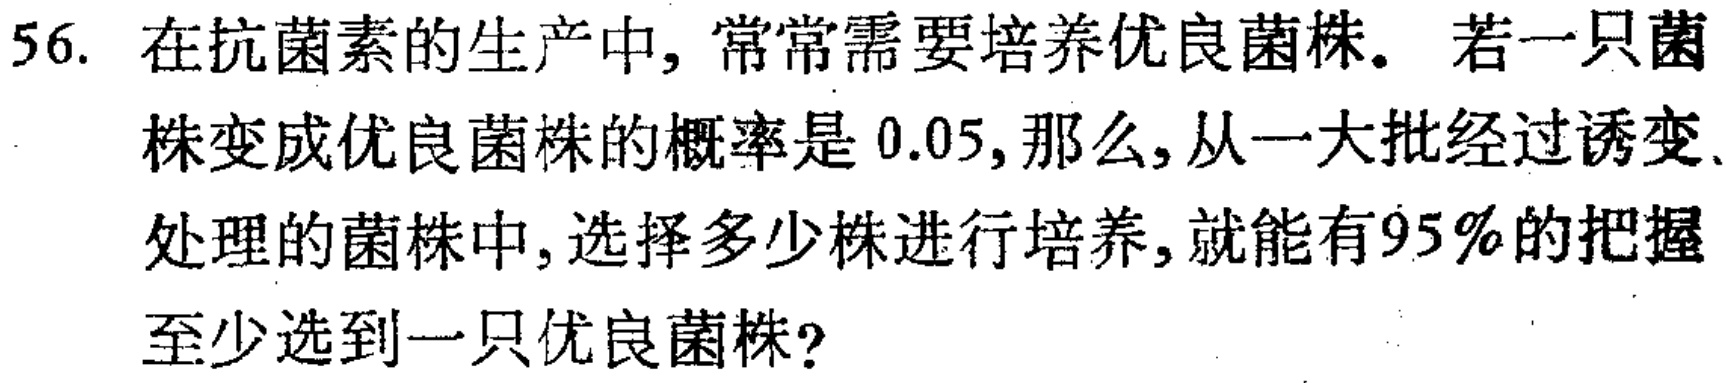
56. 在抗菌素的生产中, 常常需要培养优良菌株. 若一只菌株变成优良菌株的概率是 \(0.05\),那么,从一大批经过诱变处理的菌株中,选择多少株进行培养,就能有\(95\%\)的把握至少选到一只优良菌株?